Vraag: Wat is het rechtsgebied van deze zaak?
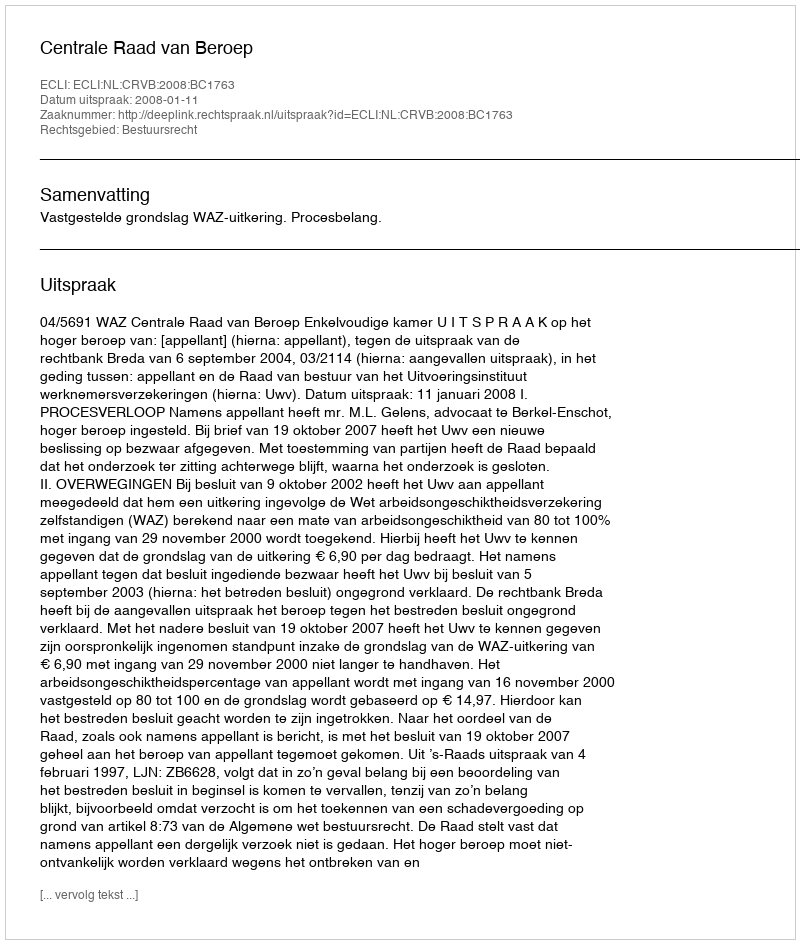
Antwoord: Bestuursrecht